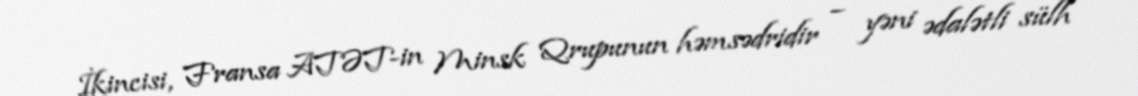
İkincisi, Fransa ATƏT-in Minsk Qrupunun həmsədridir – yəni ədalətli sülh